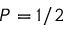
P = 1 / 2